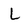
Character: L